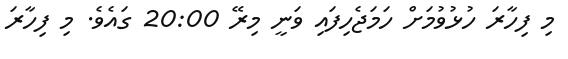
މި ފިހާރަ ހުޅުވުމަށް ހަމަޖެހިފައި ވަނީ މިރޭ 20:00 ގައެވެ. މި ފިހާރަ